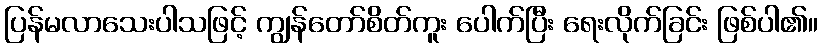
ပြန်မလာသေးပါသဖြင့် ကျွန်တော်စိတ်ကူး ပေါက်ပြီး ရေးလိုက်ခြင်း ဖြစ်ပါ၏။